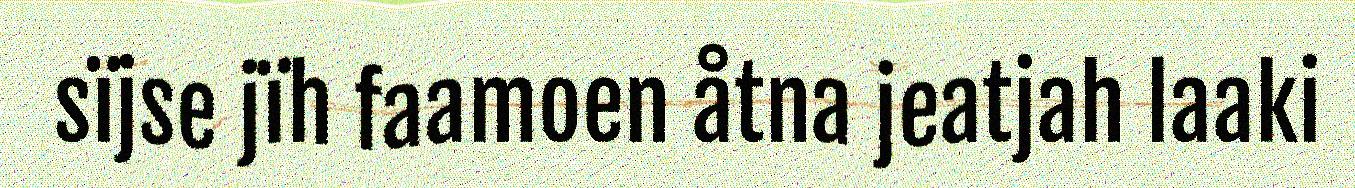
sïjse jïh faamoen åtna jeatjah laaki